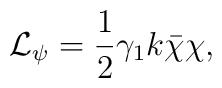
{\cal L}_{\psi}=\frac{1}{2}\gamma_{1}k\bar{\chi}\chi,